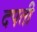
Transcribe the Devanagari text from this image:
दपती